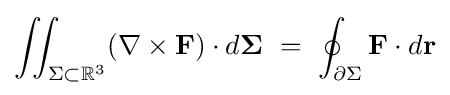
\iint _{\Sigma \subset \mathbb {R} ^{3}}(\nabla \times \mathbf {F} )\cdot d\mathbf {\Sigma } \ =\ \oint _{\partial \Sigma }\mathbf {F} \cdot d\mathbf {r}